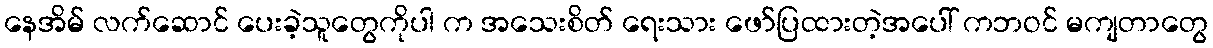
နေအိမ် လက်ဆောင် ပေးခဲ့သူတွေကိုပါ က အသေးစိတ် ရေးသား ဖော်ပြထားတဲ့အပေါ် ကဘဝင် မကျတာတွေ